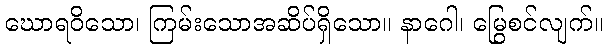
ဃောရဝိသော၊ ကြမ်းသောအဆိပ်ရှိသော။ နာဂေါ၊ မြွေစင်လျက်။